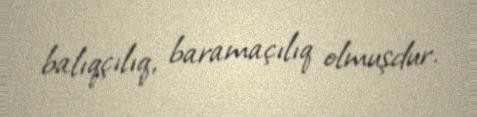
balıqçılıq, baramaçılıq olmuşdur.